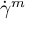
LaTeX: { \dot { \gamma } } ^ { m }